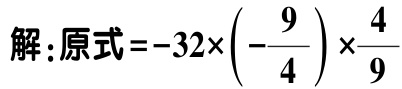
解:原式\(=-32\times\left(-\dfrac{9}{4}\right)\times\dfrac{4}{9}\)